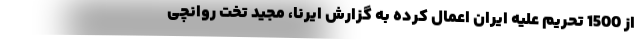
از 1500 تحریم علیه ایران اعمال کرده به گزارش ایرنا، مجید تخت روانچی